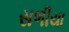
સળીયા